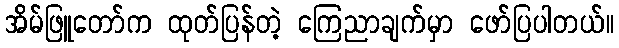
အိမ်ဖြူတော်က ထုတ်ပြန်တဲ့ ကြေညာချက်မှာ ဖော်ပြပါတယ်။